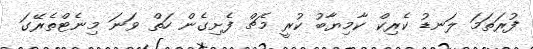
ފުރަތަމަ ލަނޑު ކެރިކް ކާމިޔާބު ކުރީ މެޗް ފެށިގެން ހަތް ވަނަ މިނެޓްތެރޭގަ